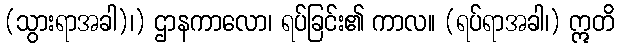
(သွားရာအခါ)၊) ဌာနကာလော၊ ရပ်ခြင်း၏ ကာလ။ (ရပ်ရာအခါ၊) ဣတိ